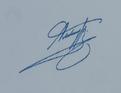
Signature authenticity: genuine